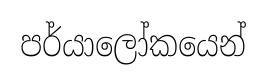
පර්යාලෝකයෙන්